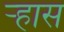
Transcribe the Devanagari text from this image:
ऱ्हास